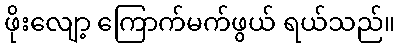
ဖိုးလျော့ ကြောက်မက်ဖွယ် ရယ်သည်။